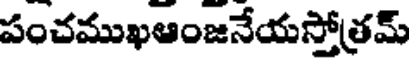
పంచముఖఆంజనేయస్తోత్రమ్